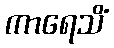
ကာရေသိံ